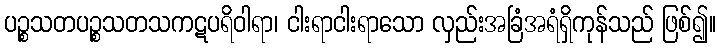
ပဉ္စသတပဉ္စသတသကဋပရိဝါရာ၊ ငါးရာငါးရာသော လှည်းအခြံအရံရှိကုန်သည် ဖြစ်၍။